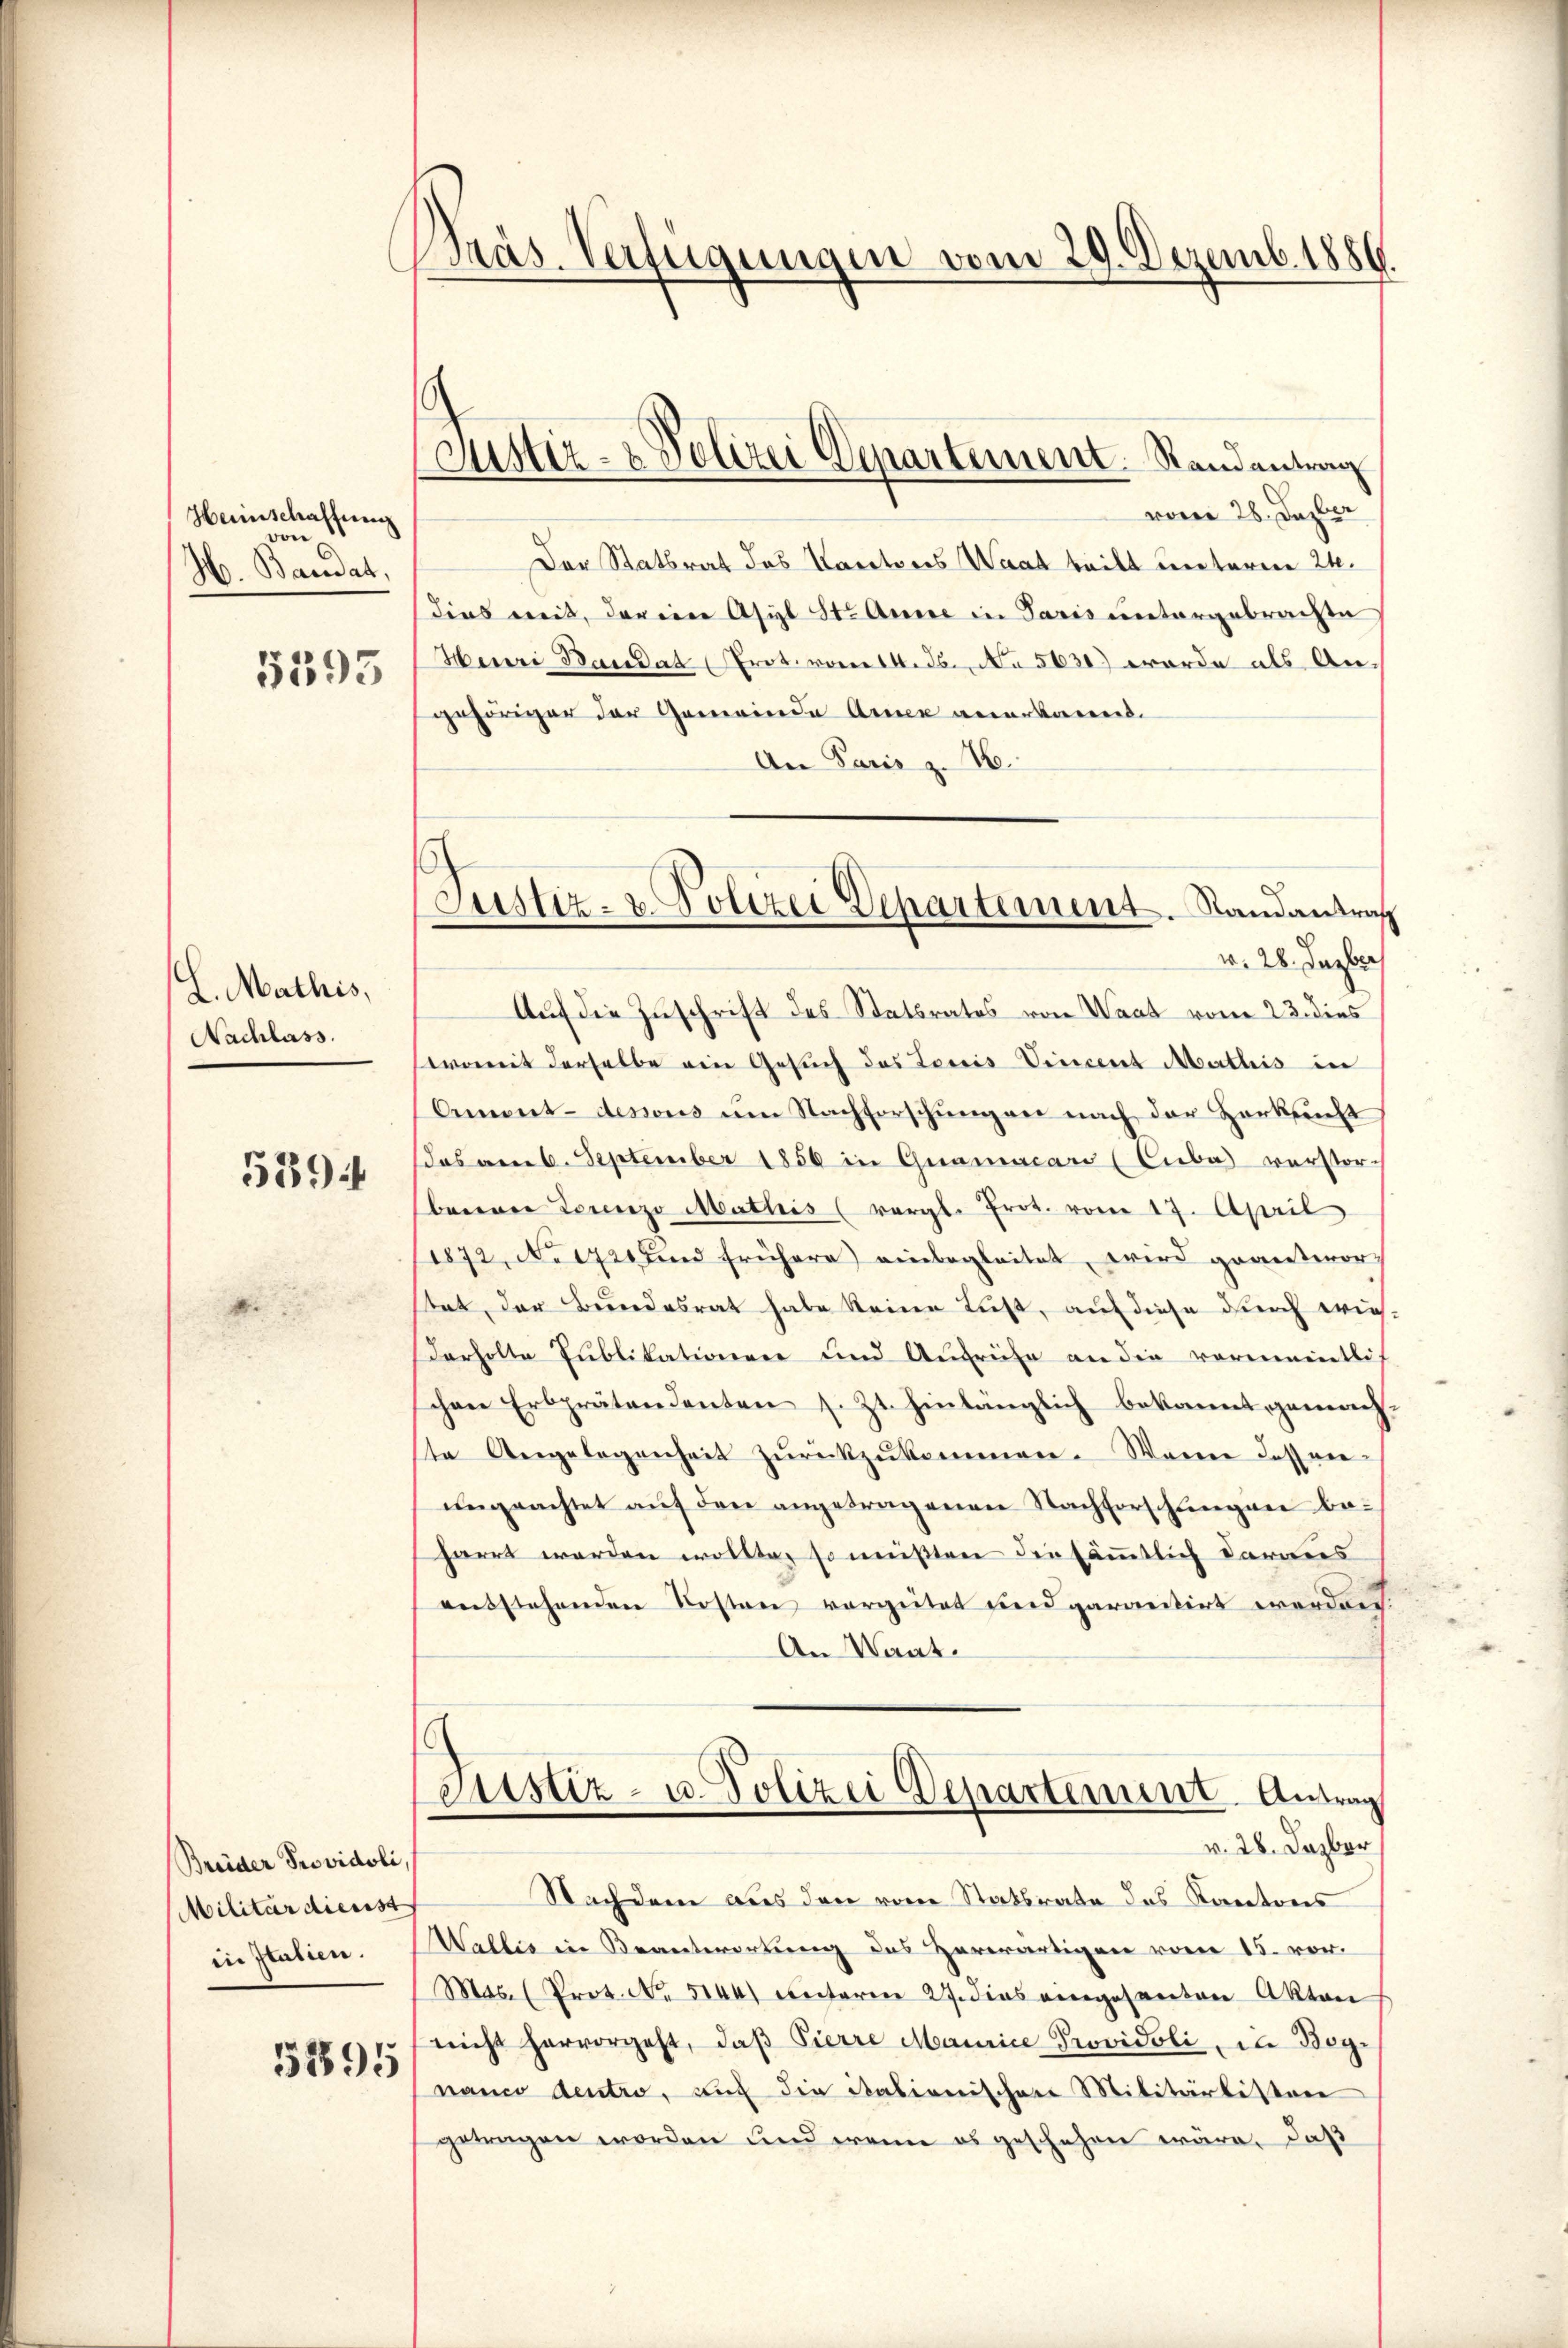
Heinschaffung
von
H. Bandat,
5393

L. Mathis,
Nachlass.

5394

4

Breider Providoli,
Militärdienst
in Italien.

51895

Präs. Verfügungen vom 29. Dezemb. 1886.

Justiz- & Polizei Departement. Randantrag

Justiz- u. Polizei Departement. Randantrag
w. 28. Dezbr
Auf die Zuschrift des Statsrates von Waat vom 23. dies

vom 28. Dezber
Der Statsrat das Kantores Waat teilt unterm 24.
dies mit, darinne Asyl St. Anne in Paris untergebrachte
Henri Bandat Prot. vom 14. ds. No 5120) worde als Angehöriger der Gemeinde Armee anerbauen.
An Paris z. 16.
womit derselbe ein Gesuch das Louis Vincent Mathis in
Ormont-dessous am Nachforschungen nach der Herkunft
dos am 6. September 1856 in Guamacar (Cuba verstor-
benen Lorenzo Mathis (vergl. Prot. vom 17. April
1872, No 1420 und frühere einbegleitet, wird geantwor
tet, der Bundesrat habe keine Luft, auf diese durch wie
derholte Publikationen und Aufrühe an die vormentlich
chen Erbprätendenten s. Zt. hinlänglich bekannt gemach
ste Angelegenheit zŭrückzŭkommen. Wenn dass ver-
ungeachtet auf den angetragenen Nachforschlingen be-
harrt werden wollte, so müßten die sämmtlich daraus
entstehenden Kosten vergütet und garantirt werden
An Warte
Justiz- u. Polizei Departement. Antrag
v. 28. Dazber
Nachdem aus den vom Statsrate das Kantoris
Wallis in Beantwortung des Herwärtigen vom 15. vor
Mos. (Prot. No. 5144) unterm 27. dies eingesanten Akten
nicht hervorgeht, daβ Pierre Maurice Providoli, in Beg
nano deutra, auch die italienischen Militärlistere
getragen worden und wenn es geschehen wäre, daß